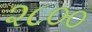
૨૮૦૦